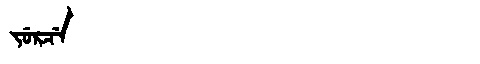
Manchu: ᠵᡠᡵᠴᡝ
Romanization: JURCE